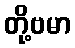
တို့ဗမာ